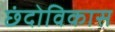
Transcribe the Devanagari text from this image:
छंदोविकास